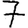
Digit: 7